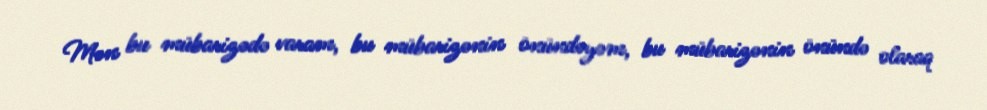
Mən bu mübarizədə varam, bu mübarizənin önündəyəm, bu mübarizənin önündə olaraq